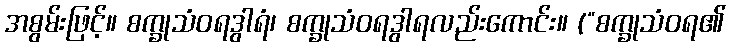
အစွမ်းဖြင့်။ စက္ခုသံဝရဒွါရံ၊ စက္ခုသံဝရဒွါရလည်းကောင်း။ (“စက္ခုသံဝရ၏